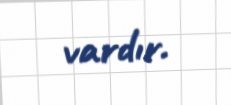
vardır.